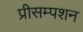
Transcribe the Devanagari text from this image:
प्रीसम्पशन